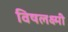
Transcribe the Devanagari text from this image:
विषलक्ष्मी